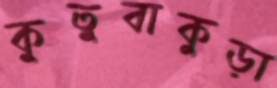
কুতুবাকুড়া